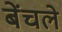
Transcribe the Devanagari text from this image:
बेंचले